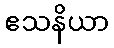
ဧသနိယာ